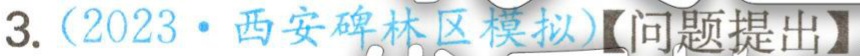
3.（2023·西安碑林区模拟）【问题提出】